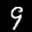
Label: 9